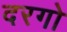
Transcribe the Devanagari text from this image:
दरगो